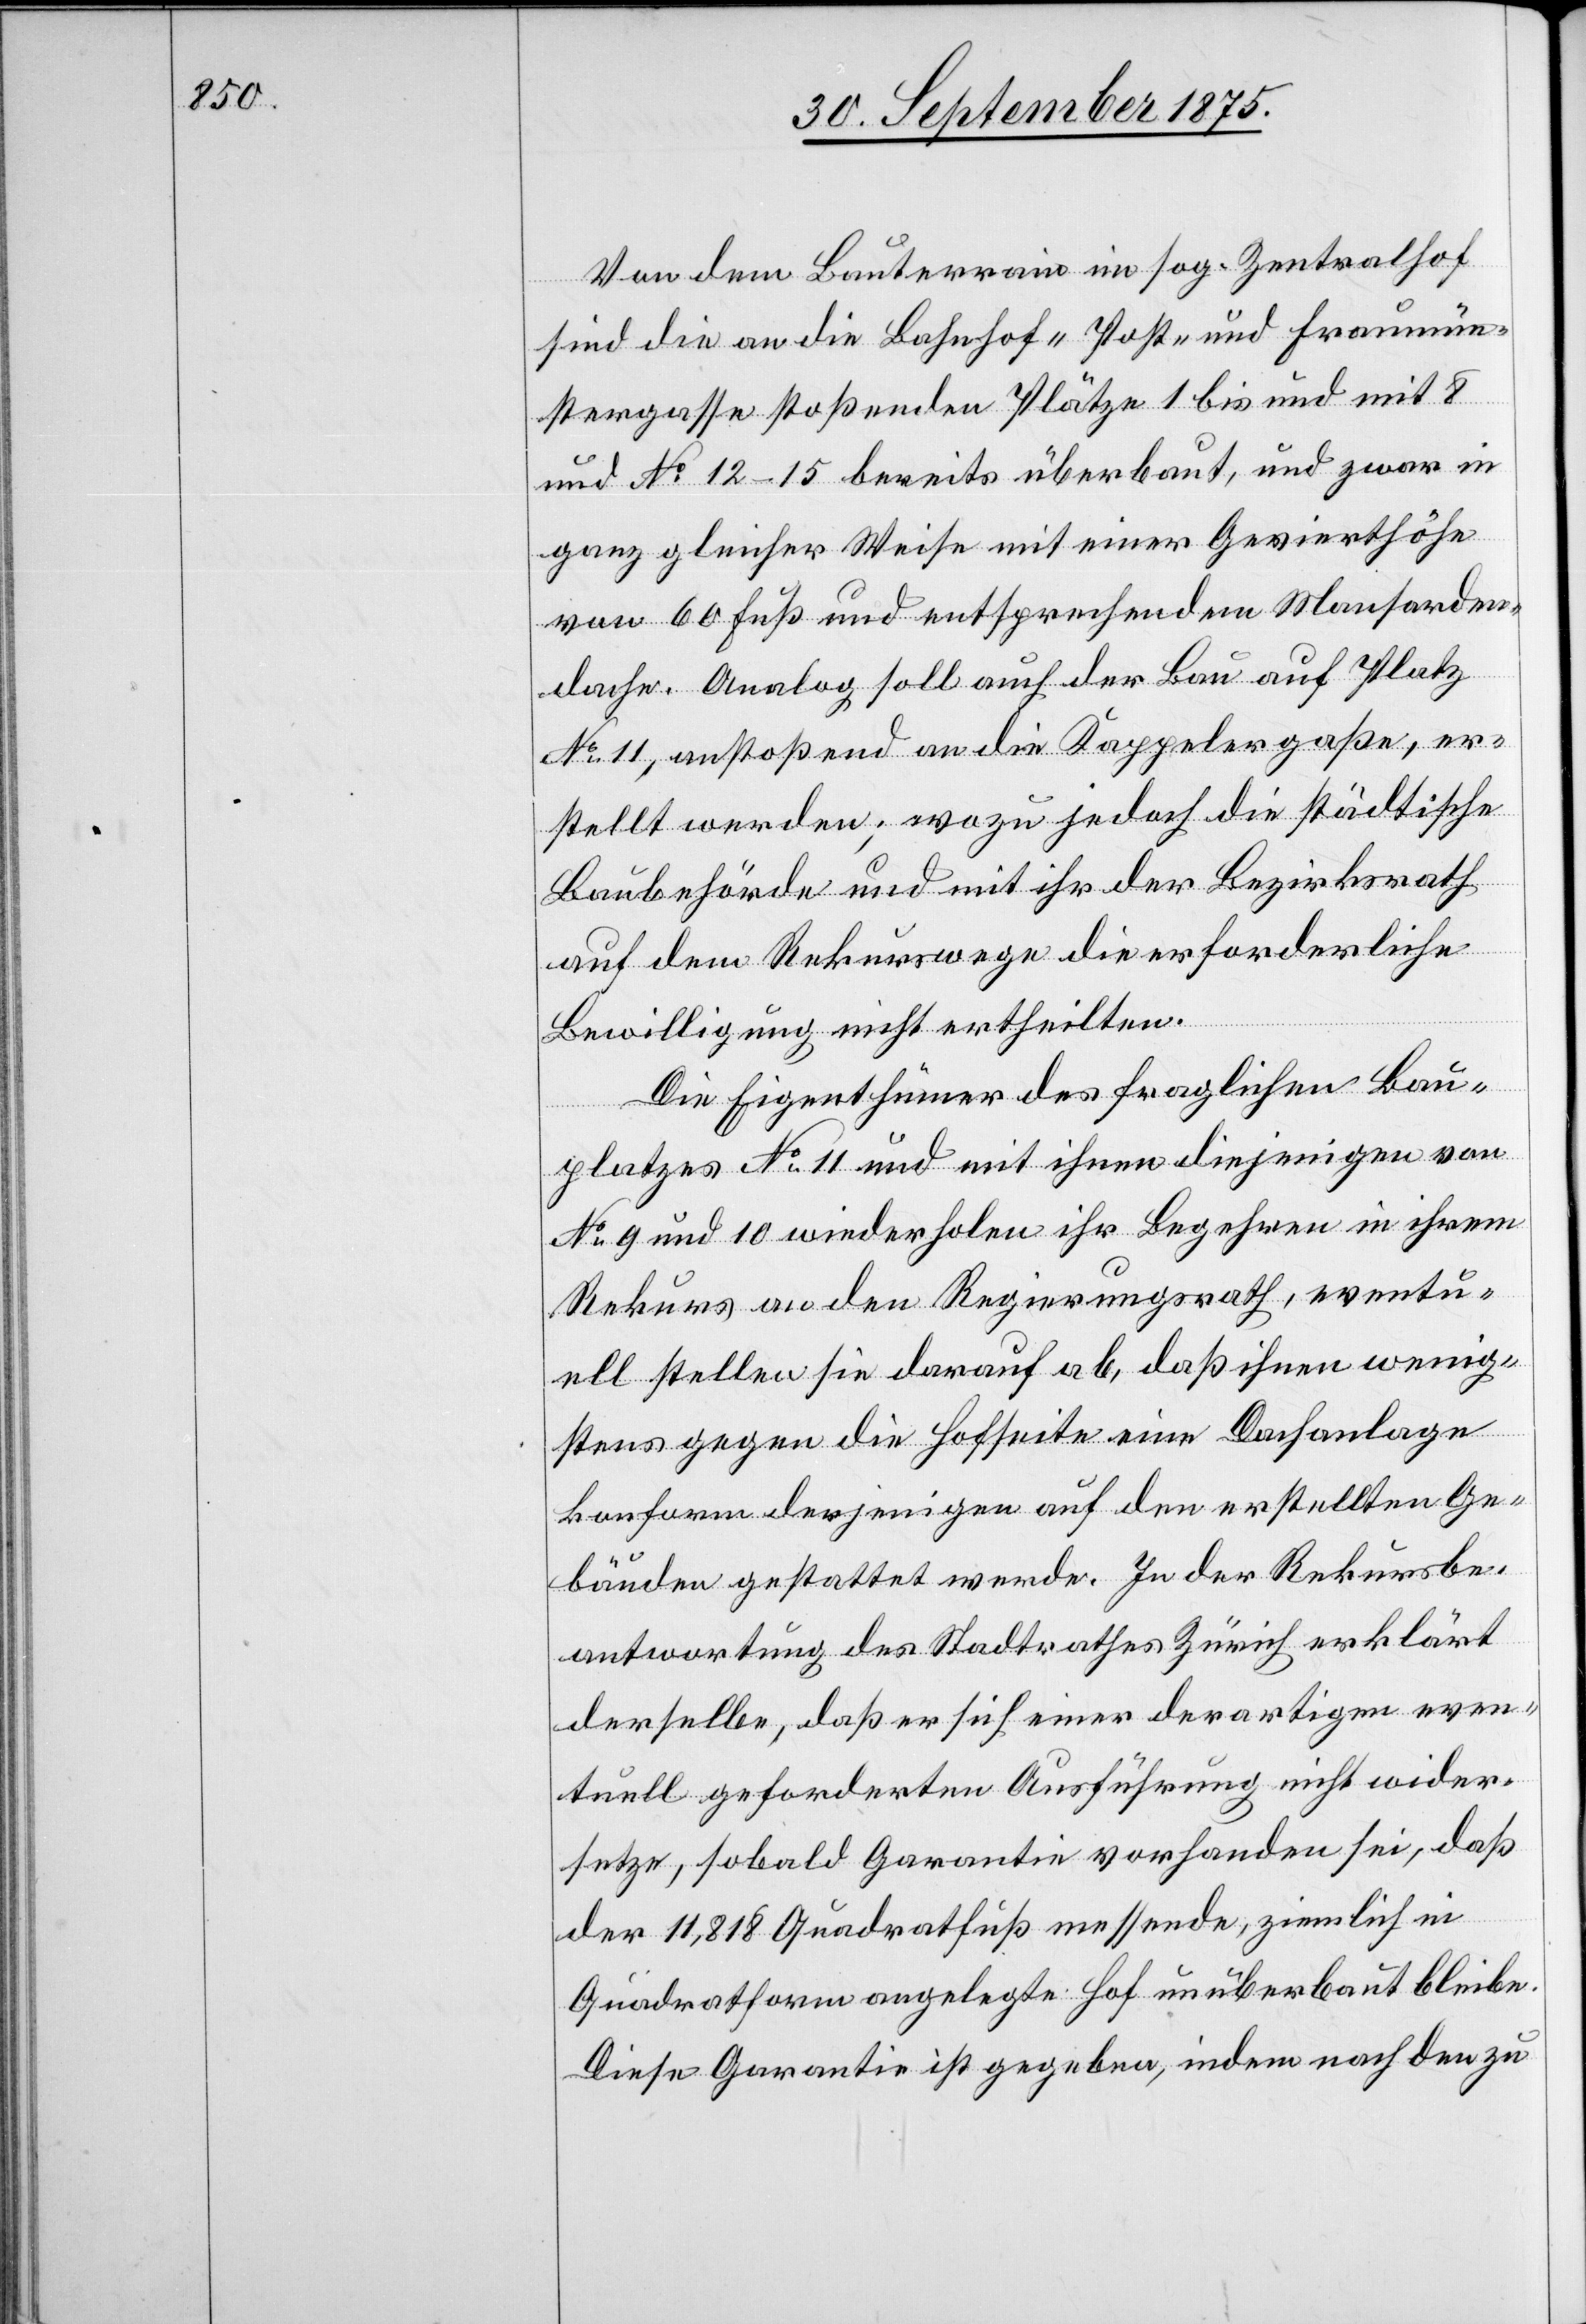
Von dem Bauterrain im sog. Zentralhof
sind die an die Bahnhof- Post- und Fraumün¬
stergasse stoßenden Plätze 1 bis und mit 8
und No 12–15 bereits überbaut, und zwar in
ganz gleicher Weise mit einer Gevierthöhe
von 60 Fuß und entsprechendem Mansarden¬
dache. Analog soll auch der Bau auf Platz
No 11, anstoßend an die Kappelergasse, er¬
stellt werden; wozu jedoch die städtische
Baubehörde und mit ihr der Bezirksrath
auf dem Rekurswege die erforderliche
Bewilligung nicht ertheilten.
Die Eigenthümer des fraglichen Bau¬
platzes No 11 und mit ihnen diejenigen von
No 9 und 10 wiederholen ihr Begehren in ihrem
Rekurs an den Regierungsrath, eventu¬
ell stellen sie darauf ab, daß ihnen wenig¬
stens gegen die Hofseite eine Dachanlage
konform derjenigen auf den erstellten Ge¬
bäuden gestattet werde. In der Rekursbe¬
antwortung des Stadtrathes Zürich erklärt
derselbe, daß er sich einer derartigen even¬
tuell geforderten Ausführung nicht wider¬
setze, sobald Garantie vorhanden sei, daß
der 11,818 Quadratfuß messende, ziemlich in
Quadratform angelegte Hof unüberbaut bleibe.
Diese Garantie ist gegeben, indem nach den zu